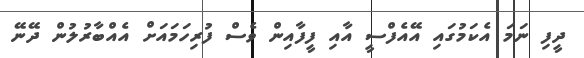
ދީފި ނަމަ އެކަމުގައި އޭއެފްސީ އާއި ފީފާއިން ވެސް ފުރިހަމައަށް އެއްބާރުލުން ދޭނޭ